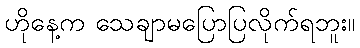
ဟိုနေ့က သေချာမပြောပြလိုက်ရဘူး။